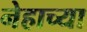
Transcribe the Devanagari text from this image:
नेहाच्या